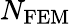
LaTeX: N_{\mathrm{FEM}}